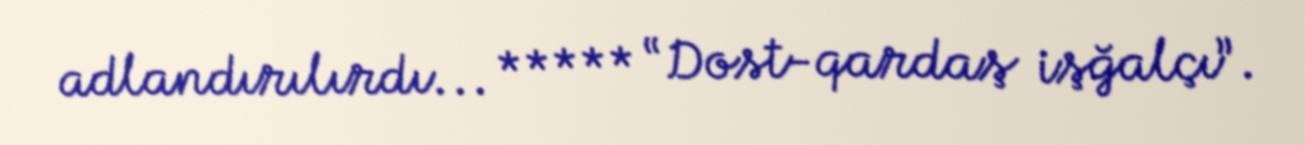
adlandırılırdı... ***** “Dost-qardaş işğalçı”.